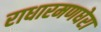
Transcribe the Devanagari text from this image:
राधारमणघेरा